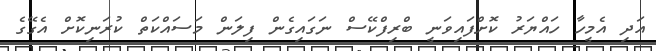
އަދި އެމީހާ ހައްޔަރު ކޮށްފައިވަނީ ބްރިފްކޭސް ނަގައިގެން ފިލަން މަސައްކަތް ކުރަނިކޮށް އެގޭގެ